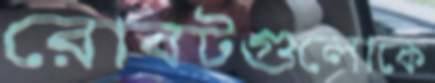
রোবটগুলোকে